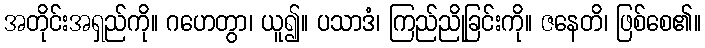
အတိုင်းအရှည်ကို။ ဂဟေတွာ၊ ယူ၍။ ပသာဒံ၊ ကြည်ညိုခြင်းကို။ ဇနေတိ၊ ဖြစ်စေ၏။